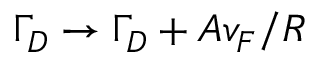
\Gamma _ { D } \rightarrow \Gamma _ { D } + A v _ { F } / R